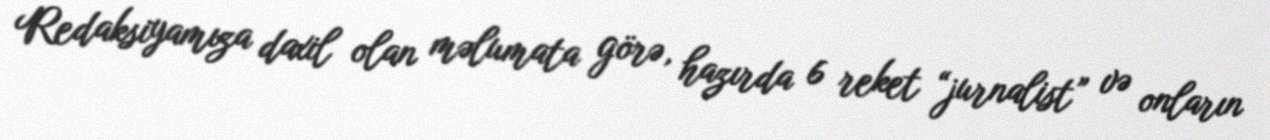
Redaksiyamıza daxil olan məlumata görə, hazırda 6 reket “jurnalist” və onların